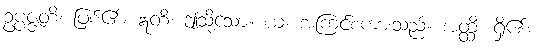
ဥပ္ပဇ္ဇတိ၊ ဖြစ်၏။ ဣတိ၊ ဤသို့သော။ ယံ၊ အကြင်စကားသည်။ အတ္ထိ၊ ရှိ၏။